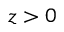
z > 0